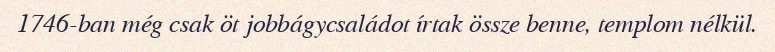
1746-ban még csak öt jobbágycsaládot írtak össze benne, templom nélkül.